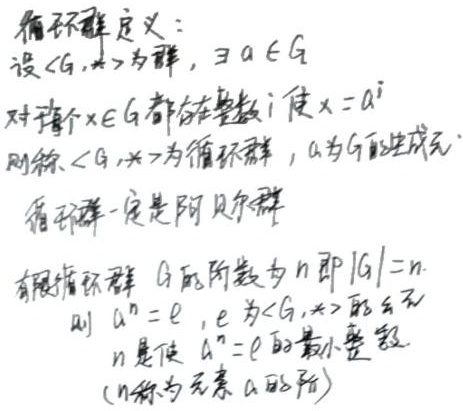
循环群定义：设 $\langle G,\ast\rangle$ 为群，$\exists a\in G$，对于每个 $x\in G$ 都存在整数 $i$ 使 $x = a^{i}$，则称 $\langle G,\ast\rangle$ 为循环群，$a$ 为 $G$ 的生成元。循环群一定是阿贝尔群。有限循环群 $G$ 的阶数为 $n$，即 $|G| = n$，则 $a^{n}=e$，$e$ 为 $\langle G,\ast\rangle$ 的幺元，$n$ 是使 $a^{n}=e$ 的最小整数.（$n$ 称为元素 $a$ 的阶）